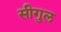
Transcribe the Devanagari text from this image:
सीगुल